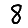
Digit: 8